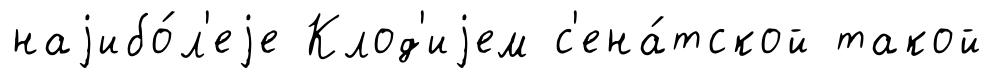
наjибо́л'еjе Клод'иjем с'ена́тской такой